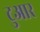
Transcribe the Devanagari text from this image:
टुआर